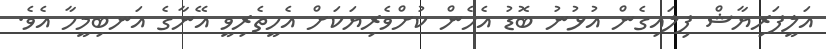
އަލީފަރިޔާޝް ފިލައިގެން އުޅުނު ބޮޑު އެހެން ކުށްވެރިޔަކަށް އެހީތެރިވީ އޭނާގެ އަނބިމީހާ އެވެ.